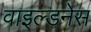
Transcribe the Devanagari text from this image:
वाइल्डनेस